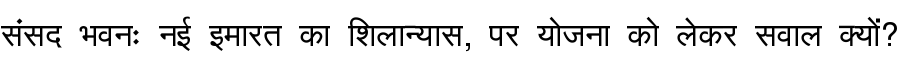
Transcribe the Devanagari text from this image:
संसद भवनः नई इमारत का शिलान्यास, पर योजना को लेकर सवाल क्यों?